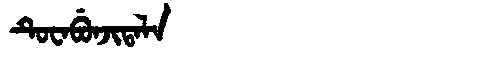
Manchu: ᡨᡠᠸᠠᠪᡠᠨᠵᡳᡨᠠᠯᠠ
Romanization: TUWABUNJITALA